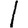
Digit: 1